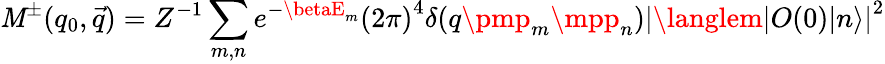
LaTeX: \mathit{M}^{\pm}(q_{0},\vec{{q}})=Z^{-1}\sum_{m,n}e^{-\betaE_{m}}{(2\pi)}^{4}\delta(q\pmp_{m}\mpp_{n}){|\langlem|O(0)|n\rangle|}^{2}